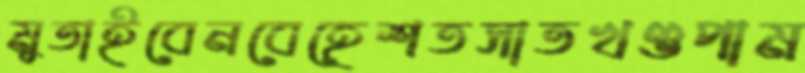
মুতাইবেনবেহেশতসাতখণ্ডপাম